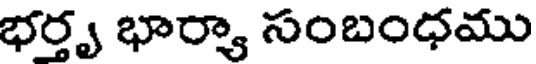
భర్తృ భార్యా సంబంధము